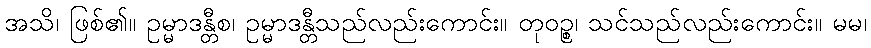
အသိ၊ ဖြစ်၏။ ဥမ္မာဒန္တီစ၊ ဥမ္မာဒန္တီသည်လည်းကောင်း။ တုဝဉ္စ၊ သင်သည်လည်းကောင်း။ မမ၊